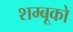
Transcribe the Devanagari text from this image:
शम्बूको